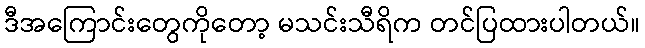
ဒီအကြောင်းတွေကိုတော့ မသင်းသီရိက တင်ပြထားပါတယ်။